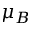
\mu _ { B }